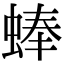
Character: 蜯